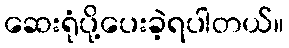
ဆေးရုံပို့ပေးခဲ့ရပါတယ်။